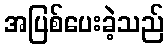
အပြစ်ပေးခဲ့သည်